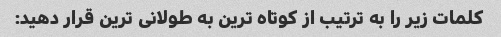
کلمات زیر را به ترتیب از کوتاه ترین به طولانی ترین قرار دهید: